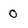
Character: 0